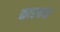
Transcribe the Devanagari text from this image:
काश्यपा